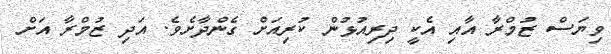
ވިޔަސް ޒުމްރާ އާއި އެކީ ދިރިއުޅުން ކުރިއަށް ގެންދާށެވެ. އަދި ޒުމްރާ އަށް